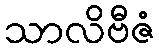
သာလိဗီဇံ